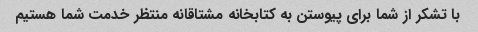
با تشکر از شما برای پیوستن به کتابخانه مشتاقانه منتظر خدمت شما هستیم